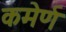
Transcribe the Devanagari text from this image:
कमेर्ण